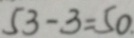
5 3 - 3 = 5 0